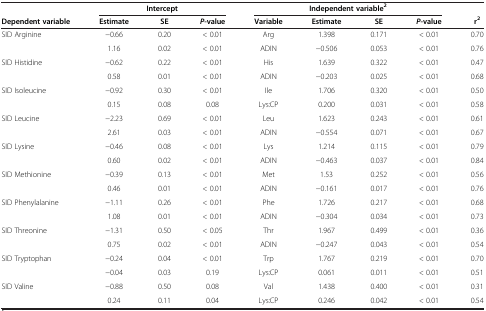
<table><thead><tr><td><b> </b></td><td colspan="3"><b>Intercept</b></td><td colspan="4"><b>Independent variable<sup>2</sup></b></td><td><b> </b></td></tr><tr><td><b>Dependent variable</b></td><td><b>Estimate</b></td><td><b>SE</b></td><td><b><i>P</i>-value</b></td><td><b>Variable</b></td><td><b>Estimate</b></td><td><b>SE</b></td><td><b><i>P</i>-value</b></td><td><b>r<sup>2</sup></b></td></tr></thead><tbody><tr><td>SID Arginine</td><td>-0.66</td><td>0.20</td><td>&lt; 0.01</td><td>Arg</td><td>1.398</td><td>0.171</td><td>&lt; 0.01</td><td>0.70</td></tr><tr><td> </td><td>1.16</td><td>0.02</td><td>&lt; 0.01</td><td>ADIN</td><td>-0.506</td><td>0.053</td><td>&lt; 0.01</td><td>0.76</td></tr><tr><td>SID Histidine</td><td>-0.62</td><td>0.22</td><td>&lt; 0.01</td><td>His</td><td>1.639</td><td>0.322</td><td>&lt; 0.01</td><td>0.47</td></tr><tr><td> </td><td>0.58</td><td>0.01</td><td>&lt; 0.01</td><td>ADIN</td><td>-0.203</td><td>0.025</td><td>&lt; 0.01</td><td>0.68</td></tr><tr><td>SID Isoleucine</td><td>-0.92</td><td>0.30</td><td>&lt; 0.01</td><td>Ile</td><td>1.706</td><td>0.320</td><td>&lt; 0.01</td><td>0.50</td></tr><tr><td> </td><td>0.15</td><td>0.08</td><td>0.08</td><td>Lys:CP</td><td>0.200</td><td>0.031</td><td>&lt; 0.01</td><td>0.58</td></tr><tr><td>SID Leucine</td><td>-2.23</td><td>0.69</td><td>&lt; 0.01</td><td>Leu</td><td>1.623</td><td>0.243</td><td>&lt; 0.01</td><td>0.61</td></tr><tr><td> </td><td>2.61</td><td>0.03</td><td>&lt; 0.01</td><td>ADIN</td><td>-0.554</td><td>0.071</td><td>&lt; 0.01</td><td>0.67</td></tr><tr><td>SID Lysine</td><td>-0.46</td><td>0.08</td><td>&lt; 0.01</td><td>Lys</td><td>1.214</td><td>0.115</td><td>&lt; 0.01</td><td>0.79</td></tr><tr><td> </td><td>0.60</td><td>0.02</td><td>&lt; 0.01</td><td>ADIN</td><td>-0.463</td><td>0.037</td><td>&lt; 0.01</td><td>0.84</td></tr><tr><td>SID Methionine</td><td>-0.39</td><td>0.13</td><td>&lt; 0.01</td><td>Met</td><td>1.53</td><td>0.252</td><td>&lt; 0.01</td><td>0.56</td></tr><tr><td> </td><td>0.46</td><td>0.01</td><td>&lt; 0.01</td><td>ADIN</td><td>-0.161</td><td>0.017</td><td>&lt; 0.01</td><td>0.76</td></tr><tr><td>SID Phenylalanine</td><td>-1.11</td><td>0.26</td><td>&lt; 0.01</td><td>Phe</td><td>1.726</td><td>0.217</td><td>&lt; 0.01</td><td>0.68</td></tr><tr><td> </td><td>1.08</td><td>0.01</td><td>&lt; 0.01</td><td>ADIN</td><td>-0.304</td><td>0.034</td><td>&lt; 0.01</td><td>0.73</td></tr><tr><td>SID Threonine</td><td>-1.31</td><td>0.50</td><td>&lt; 0.05</td><td>Thr</td><td>1.967</td><td>0.499</td><td>&lt; 0.01</td><td>0.36</td></tr><tr><td> </td><td>0.75</td><td>0.02</td><td>&lt; 0.01</td><td>ADIN</td><td>-0.247</td><td>0.043</td><td>&lt; 0.01</td><td>0.54</td></tr><tr><td>SID Tryptophan</td><td>-0.24</td><td>0.04</td><td>&lt; 0.01</td><td>Trp</td><td>1.767</td><td>0.219</td><td>&lt; 0.01</td><td>0.70</td></tr><tr><td> </td><td>-0.04</td><td>0.03</td><td>0.19</td><td>Lys:CP</td><td>0.061</td><td>0.011</td><td>&lt; 0.01</td><td>0.51</td></tr><tr><td>SID Valine</td><td>-0.88</td><td>0.50</td><td>0.08</td><td>Val</td><td>1.438</td><td>0.400</td><td>&lt; 0.01</td><td>0.31</td></tr><tr><td> </td><td>0.24</td><td>0.11</td><td>0.04</td><td>Lys:CP</td><td>0.246</td><td>0.042</td><td>&lt; 0.01</td><td>0.54</td></tr></tbody></table>